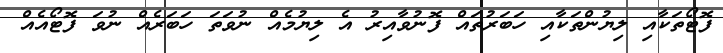
ފޮޓޯތަކާއި ލިޔުންތަކާއި ހަބަރުތައް ފޮނުވާއިރު އެ ލިޔުމެއް ނުވަތަ ހަބަރެއް ނުވަ ފޮޓޯއެއް